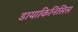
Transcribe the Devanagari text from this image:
डायाकिनिसिस